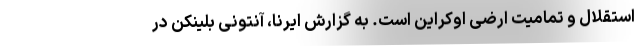
استقلال و تمامیت ارضی اوکراین است. به گزارش ایرنا، آنتونی بلینکن در